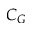
C _ { G }